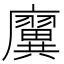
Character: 㢞